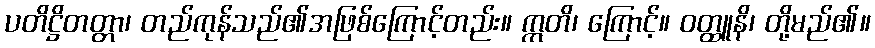
ပတိဋ္ဌိတတ္တာ၊ တည်ကုန်သည်၏အဖြစ်ကြောင့်တည်း။ ဣတိ၊ ကြောင့်။ ဝတ္ထူနိ၊ တို့မည်၏။